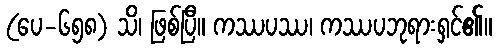
(ပေ-၆၅၈) သိ၊ ဖြစ်ပြီ။ ကဿပဿ၊ ကဿပဘုရားရှင်၏။